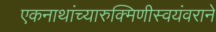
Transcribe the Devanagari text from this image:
एकनाथांच्यारुक्मिणीस्वयंवराने